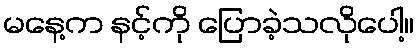
မနေ့က နင့်ကို ပြောခဲ့သလိုပေါ့။